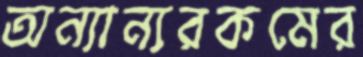
অন্যান্যরকমের